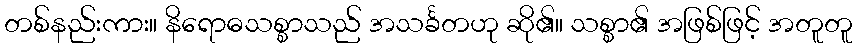
တစ်နည်းကား။ နိရောဓသစ္စာသည် အသင်္ခတဟု ဆို၏။ သစ္စာ၏ အဖြစ်ဖြင့် အတူတူ